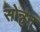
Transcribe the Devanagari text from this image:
सोन्नुन्